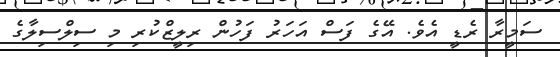
ސަމީރާ ރެޑީ އެވެ. އޭގެ ފަސް އަހަރު ފަހުން ރިލީޒްކުރި މި ސިލްސިލާގެ